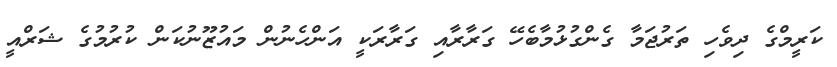
ކަރީމްގެ ދިވެހި ތަރުޖަމާ ގެންގުޅުމާބެހޭ ގަރާރާއި ގަރާރަކީ އަންހެނުން މައުޒޫނުކަން ކުރުމުގެ ޝަރްއީ